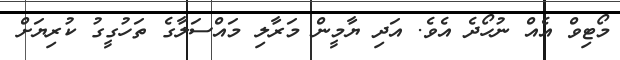
މޯޓިވް އެއް ނުހޯދެ އެވެ. އަދި ޔާމީން މަރާލި މައްސަލާގެ ތަހުގީގު ކުރިޔަށް